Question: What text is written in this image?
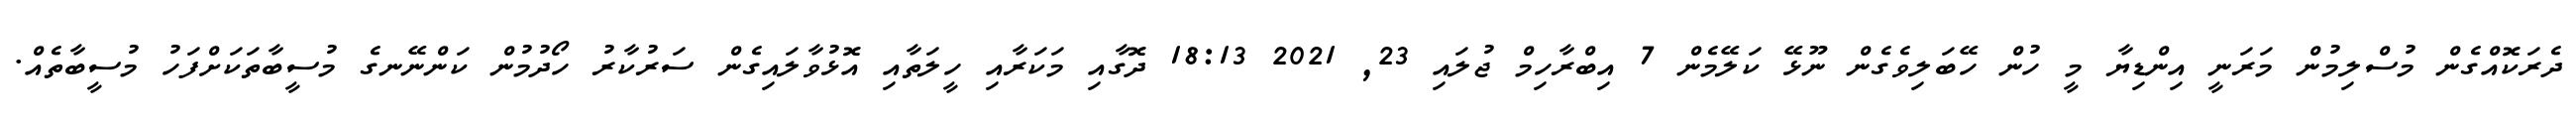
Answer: ދެރަކޮއްގެން މުސްލިމުން މަރަނީ އިންޑިޔާ މީ ހުން ހޭބަލިވެގެން ނޫޅޭ ކަލޭމެން 7 އިބްރާހިމް ޖުލައި 23, 2021 18:13 ދޮގާއި މަކަރާއި ހީލަތާއި އޮޅުވާލައިގެން ސަރުކާރު ހޯދުމުން ކަންނޭނގެ މުސީބާތަކަށްފަހު މުސީބާތެއް.